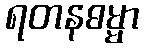
ရတနဓမ္မာ